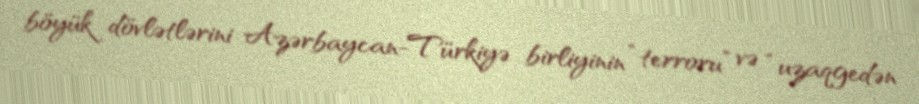
böyük dövlətlərini Azərbaycan-Türkiyə birliyinin “terroru” və “uzaqgedən